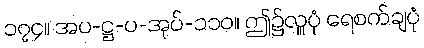
၁၇၄။ အပ-ဋ္ဌ-ပ-အုပ်-၁၁၀။ ဤ၌လှူပုံ ရေစက်ချပုံ